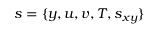
s = \{ y , u , v , T , s _ { x y } \}